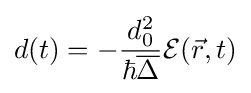
d(t)=-{\frac {d_{0}^{2}}{\hbar {\overline {\Delta }}}}{\mathcal {E}}({\vec {r}},t)